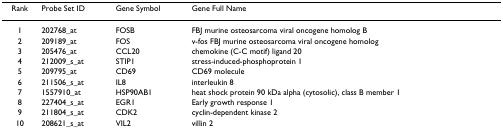
| Rank | Probe Set ID | Gene Symbol | Gene Full Name |
 | --- | --- | --- | --- |
 | 1 | 202768_at | FOSB | FBJ murine osteosarcoma viral oncogene homolog B |
 | 2 | 209189_at | FOS | v-fos FBJ murine osteosarcoma viral oncogene homolog |
 | 3 | 205476_at | CCL20 | chemokine (C-C motif) ligand 20 |
 | 4 | 212009_s_at | STIP1 | stress-induced-phosphoprotein 1 |
 | 5 | 209795_at | CD69 | CD69 molecule |
 | 6 | 211506_s_at | IL8 | interleukin 8 |
 | 7 | 1557910_at | HSP90AB1 | heat shock protein 90 kDa alpha (cytosolic), class B member 1 |
 | 8 | 227404_s_at | EGR1 | Early growth response 1 |
 | 9 | 211804_s_at | CDK2 | cyclin-dependent kinase 2 |
 | 10 | 208621_s_at | VIL2 | villin 2 |